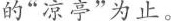
的”凉亭”为止。